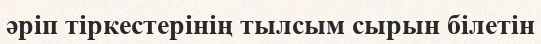
әріп тіркестерінің тылсым сырын білетін